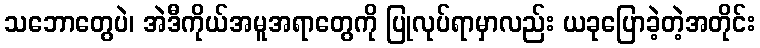
သဘောတွေပဲ၊ အဲဒီကိုယ်အမူအရာတွေကို ပြုလုပ်ရာမှာလည်း ယခုပြောခဲ့တဲ့အတိုင်း